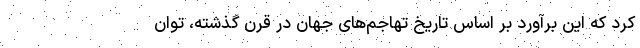
کرد که این برآورد بر اساس تاریخ تهاجم‌های جهان در قرن گذشته، توان